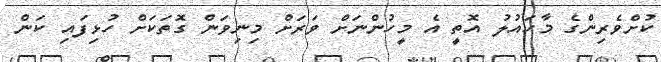
ކުށްވެރިންގެ މާހައުލު އޮތީ އެ މީހުންނަށް ވަރަށް މިނިވަން ގޮތަކަށް ހުޅިފައި ކަން